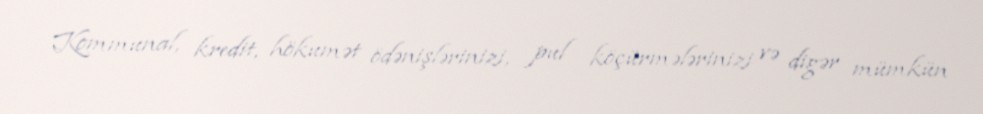
Kommunal, kredit, hökumət ödənişlərinizi, pul köçürmələrinizi və digər mümkün